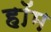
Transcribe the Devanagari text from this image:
हॉम